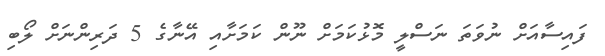
ފައިސާއަށް ނުވަތަ ނަސްލީ މޮޅުކަމަށް ނޫން ކަމަށާއި އޭނާގެ 5 ދަރިންނަށް ލޯބި